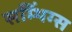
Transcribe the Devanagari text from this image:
सम्थिंग्स